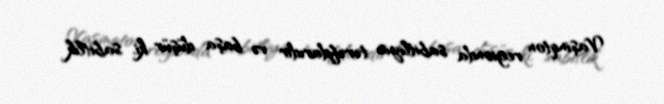
Vaşinqton regionda sabitliyin tərəfdarıdır və başa düşür ki, sabitlik